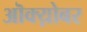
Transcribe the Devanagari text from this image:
ऒक्य़ोबर